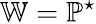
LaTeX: \mathbb{W}=\mathbb{P}^{\star}